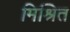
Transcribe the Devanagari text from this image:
मिश्रित